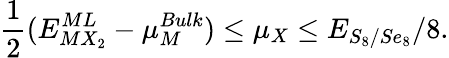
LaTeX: \frac{1}{2}(E_{MX_{2}}^{ML}-\mu_{M}^{Bulk})\leq\mu_{X}\leq E_{S_{8}/Se_{8}}/8.